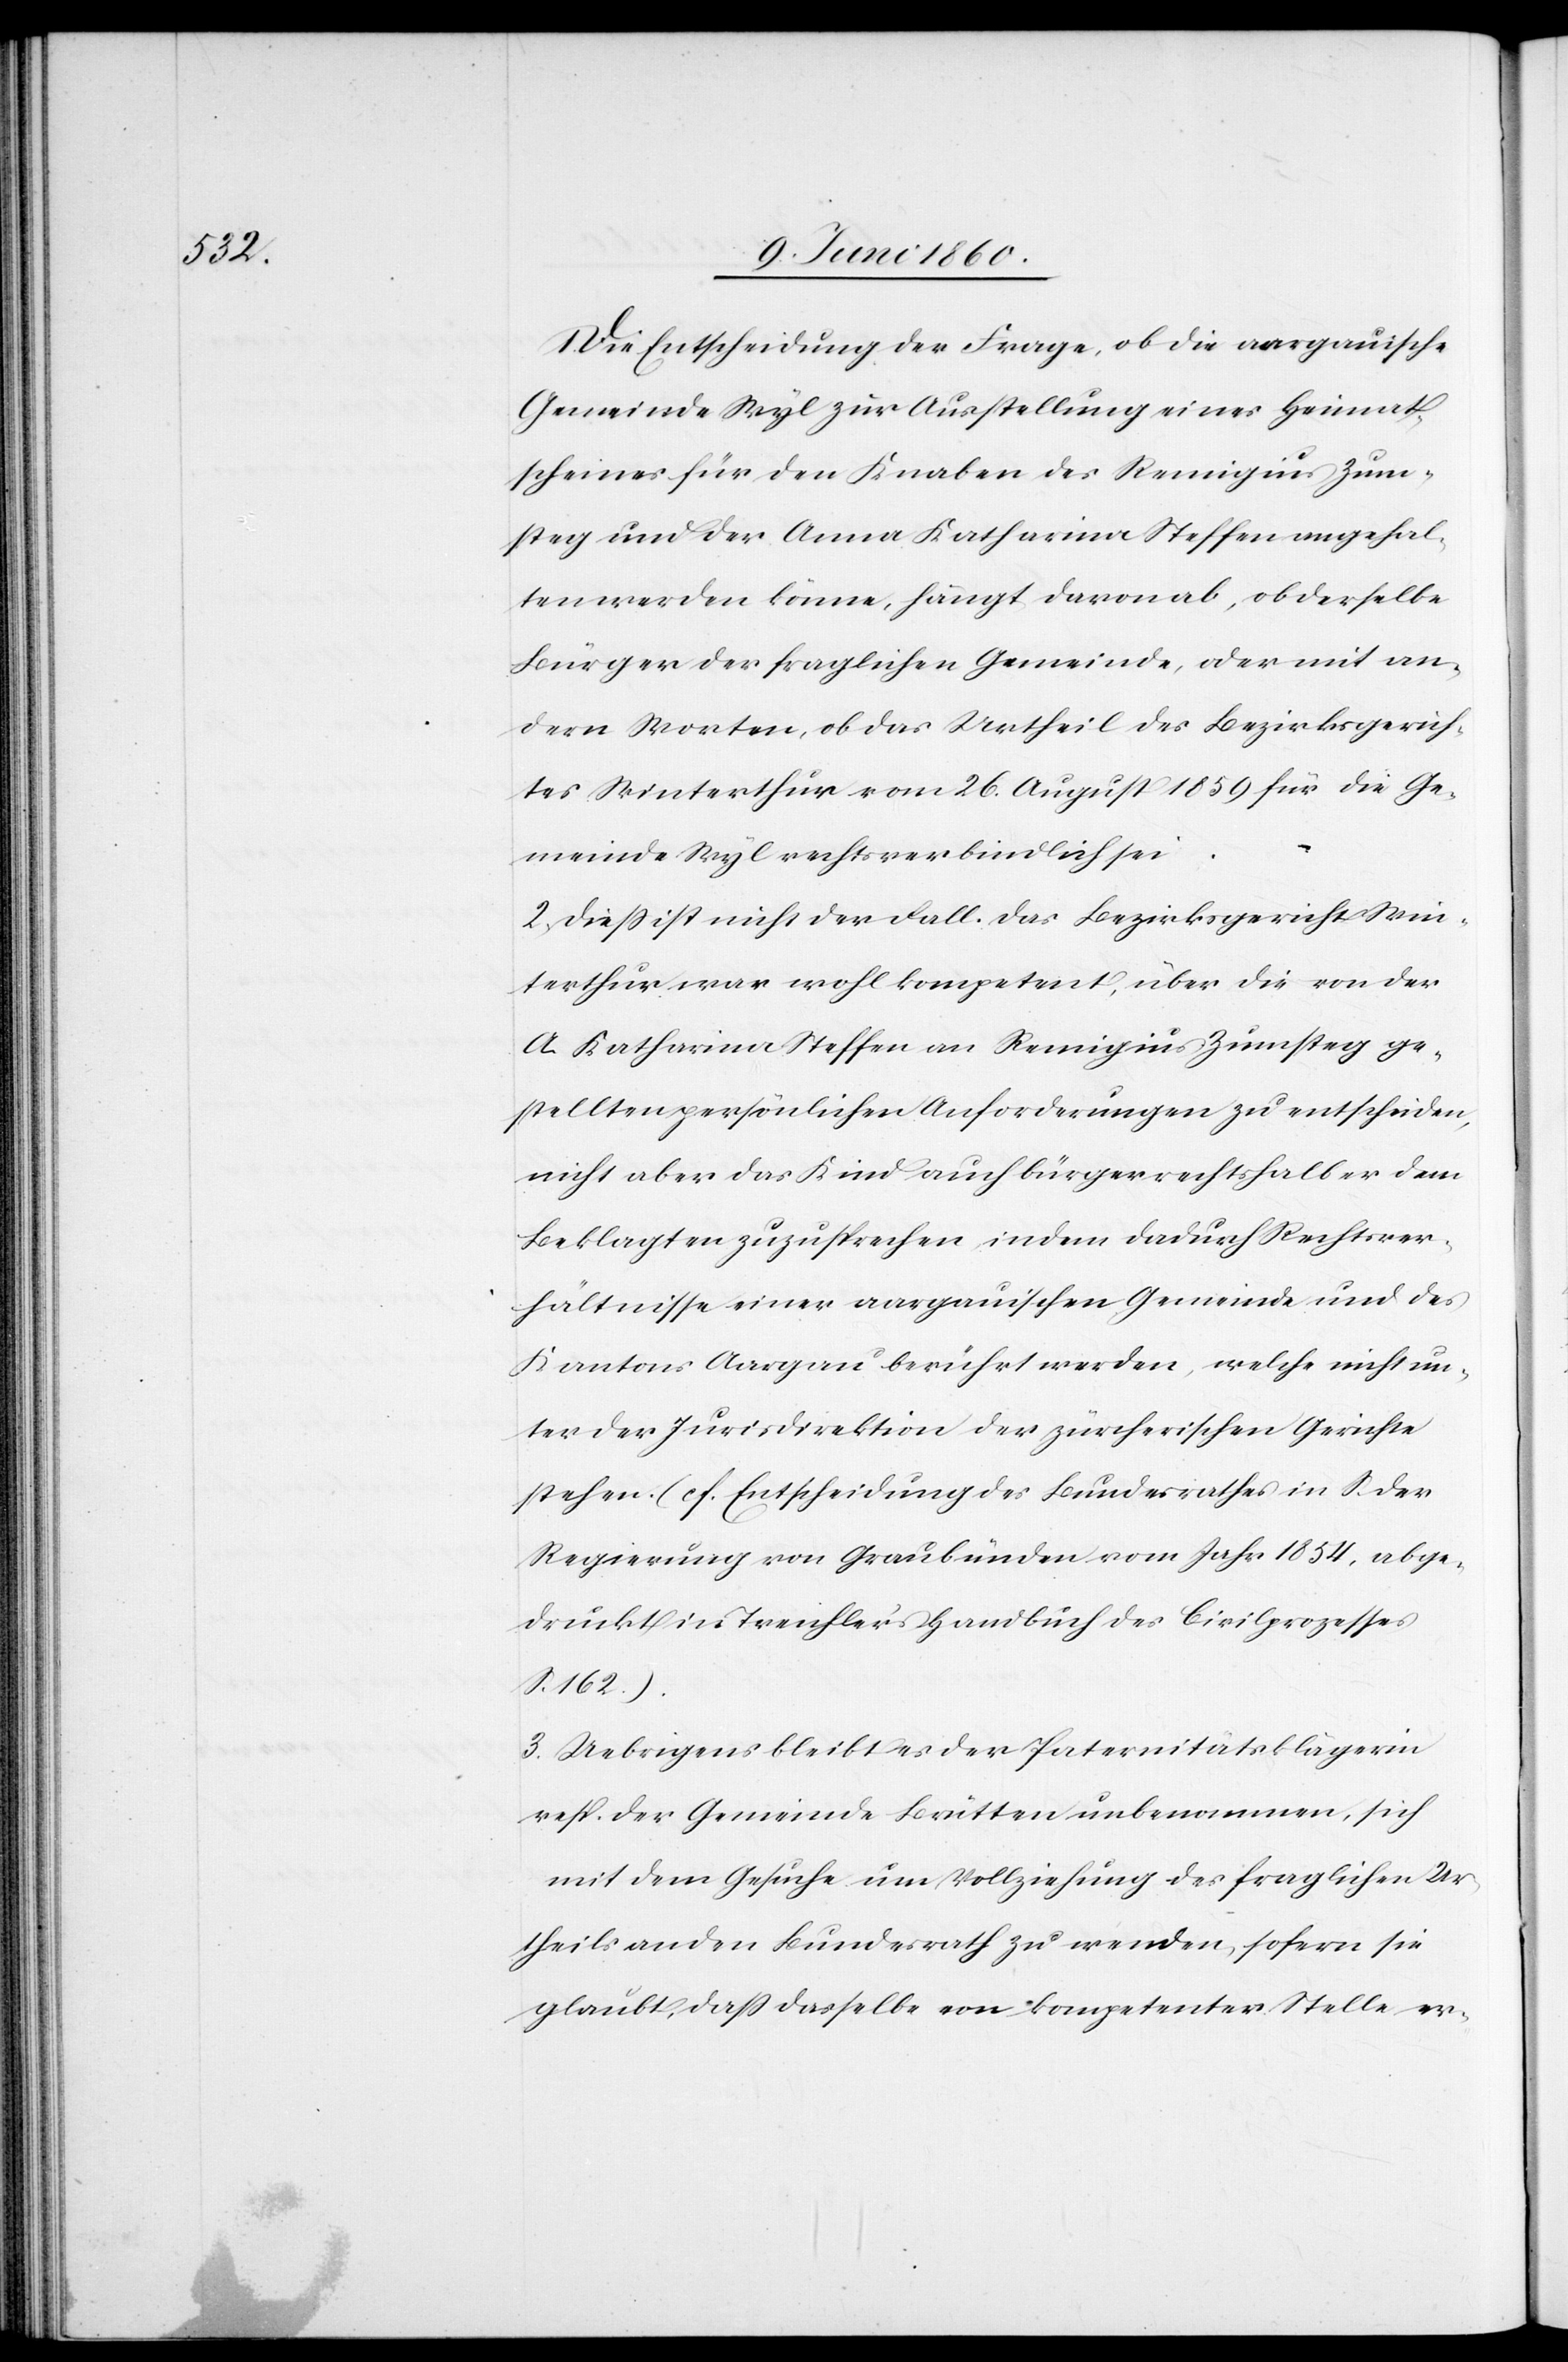
1. Die Entscheidung der Frage, ob die aargauische
Gemeinde Wyl zur Ausstellung eines Heimat¬
scheines für den Knaben des Remigius Zum¬
steg und der Anna Katharina Steffen angehal¬
ten werden könne, hängt davon ab, ob derselbe
Bürger der fraglichen Gemeinde, oder mit an¬
dern Worten, ob das Urtheil des Bezirksgerich¬
tes Winterthur vom 26. August 1859 für die Ge¬
meinde Wyl rechtsverbindlich sei.
2. Diess ist nicht der Fall. Das Bezirksgericht Win¬
terthur war wohl kompetent, über die von der
A. Katharina Steffen an Remigius Zumsteg ge¬
stellten persönlichen Anforderungen zu entscheiden,
nicht aber das Kind auch bürgerrechtshalber dem
Beklagten zuzusprechen, indem dadurch Rechtsver¬
hältnisse einer aargauischen Gemeinde und des
Kantons Aargau berührt werden, welche nicht un¬
ter der Jurisdirektion der zürcherischen Gerichte
stehen. (f. Entscheidung des Bundesrathes in S. der
Regierung von Graubünden vom Jahr 1854, abge¬
druckt in Treichler’s Handbuch des Civilprozesses
S. 162.).
3. Uebrigens bleibt es der Paternitätsklägerin
resp. der Gemeinde Brütten unbenommen, sich
mit dem Gesuche um Vollziehung des fraglichen Ur¬
theils an den Bundesrath zu wenden, sofern sie
glaubt, dass dasselbe von kompetenter Stelle er-